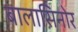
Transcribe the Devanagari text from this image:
बालासिनोर